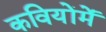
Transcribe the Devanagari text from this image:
कवियोंमें